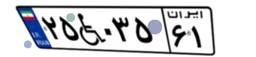
۲۹W۸۵۵۱۷